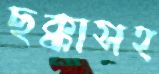
ছক্কাসহ